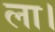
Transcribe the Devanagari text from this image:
ला।